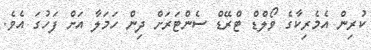
ކުރިން އެމެރިކާގެ ވޯލްޑް ޓްރޭޑް ސެންޓަރަށް ދިން ހަމަލާ އަށް ފަހުގަ އެވެ.